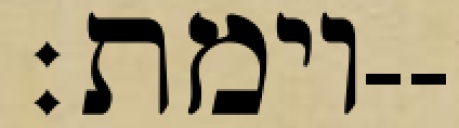
וימת׃--